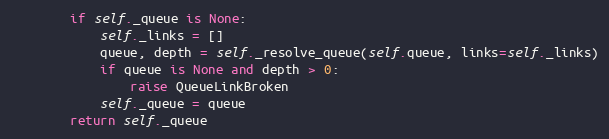
Language: Python
        if self._queue is None:
            self._links = []
            queue, depth = self._resolve_queue(self.queue, links=self._links)
            if queue is None and depth > 0:
                raise QueueLinkBroken
            self._queue = queue
        return self._queue